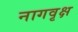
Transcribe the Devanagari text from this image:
नागवृक्ष